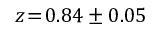
z \! = \! 0 . 8 4 \pm 0 . 0 5